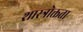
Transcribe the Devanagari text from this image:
शास्त्रोक्तता